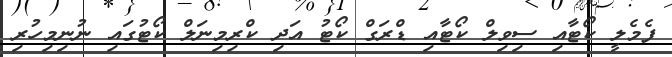
ފެމެލީ ކޯޓާއި ސިވިލް ކޯޓާއި ޑްރަގް ކޯޓު އަދި ކްރިމިނަލް ކޯޓުގައި ނުނިމިހުރި